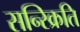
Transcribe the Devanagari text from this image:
सन्स्क्रिति